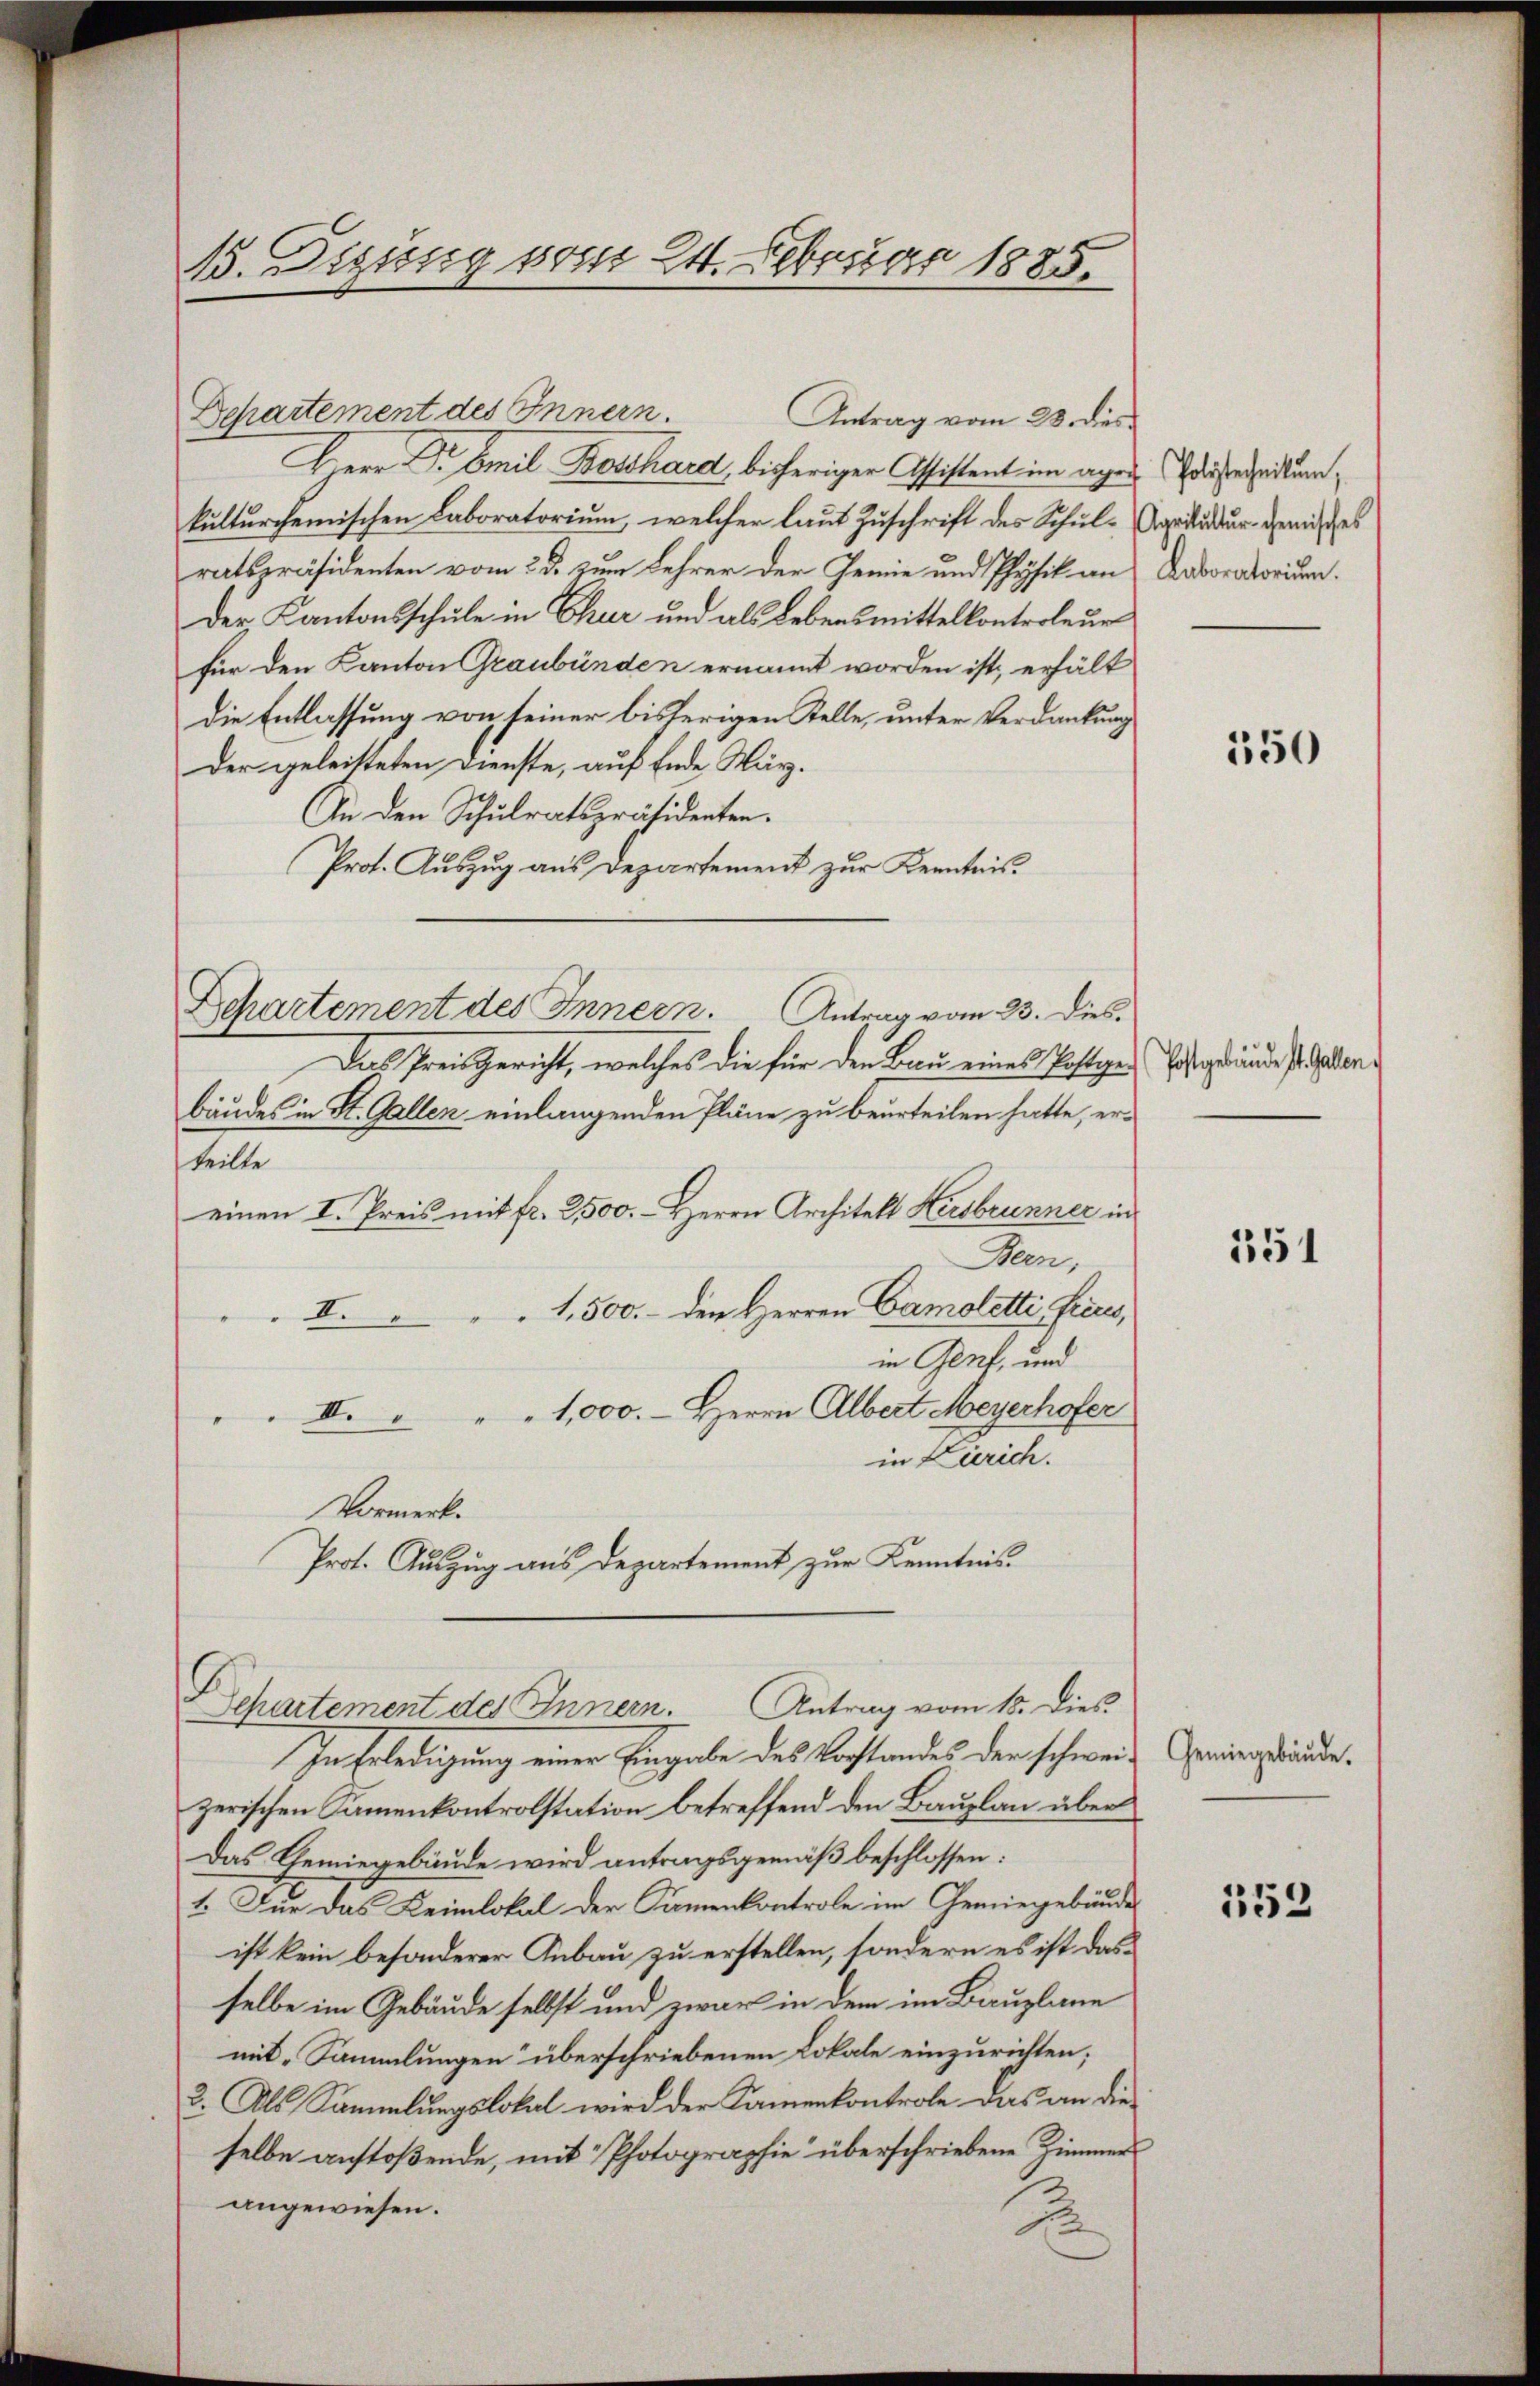
15. Digung vom 24. Februar 1885.

Herr Dr Emil Beschard, bisheriger Assistent im agen diesereitunkulturschemischen Laboratorium, welcher laut Zuschrift des Schulratspräsidenten vom 23. zum Lehrer der Gemie und Physik an Laboratorium.
Der Kantonsschule in Chur und als Lebensmittelkontroleur
für den Kanton Graubünden ernannt worden ist, erhält
die Entlassung von seiner bisherigen Stelle, unter Verdankung
Der geleisteten Dienste, auf Ende März.
An den Schulratspräsidenten.
Prot. Auszug aus Departement zur Kenntnis.
Departement des Innern. Antrag vom 23. Dies
Das Preisgericht, welches die für den Bau eines Postigen Eisgründe so dallen
bäudes in St. Gallen einlangenden Pläne zu beurteilen hatte, erteilte
einen I. Preis mit fr. 2500. Herrn Architekt Hersbrunner in
Bern,
I1,500.- den Herren Camoletti ficus,
in Genf, und
I. " " 1,000. – Herrn Albert Meyerhofer
in Zürich.
Vormerk¬
Prot. Auszug aus Departement zur Kenntnis¬
Departement des Innern. Antrag vom 15. Dies
In Erledigung einer Eingabe des Vorstandes der schweizerischen Sammenkontrolstation betreffend den Bauplan über
Das Chemiegebäude wird antragsgemäß beschlossen:
1. Für das Leimlokal der Samenkontrole im Gemiegebäude
ist kein besonderer Anbau zu erstellen, sondern es ist das
selbe im Gebäude selbst und zwar in dem im Bauplane
mit „Sammlungen“ überschriebenen Lokale einzurichten;
2. Als Sammlungslokal wird der Kamenkontrole das an dieselbe anstoßende, mit Photographie überschriebene Zimmerangewiesen.
E

Departement des Innern. Antrag vom 23. dies

Karikultur chemisches

550

351

Gemiegebäude.

153